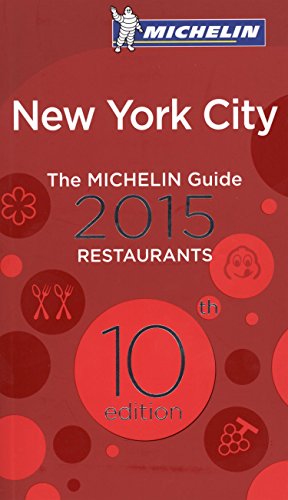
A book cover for Michelin Guide New York City 2015 (Michelin Guides); Michelin; Travel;